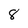
Character: 8